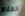
الهلام